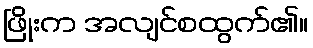
ဖြိုးက အလျင်စထွက်၏။